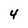
Character: 4